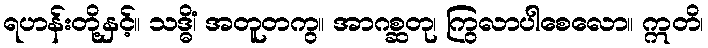
ရဟန်းတို့နှင့်။ သဒ္ဓိံ၊ အတူတကွ။ အာဂစ္ဆတု၊ ကြွလာပါစေလော။ ဣတိ၊